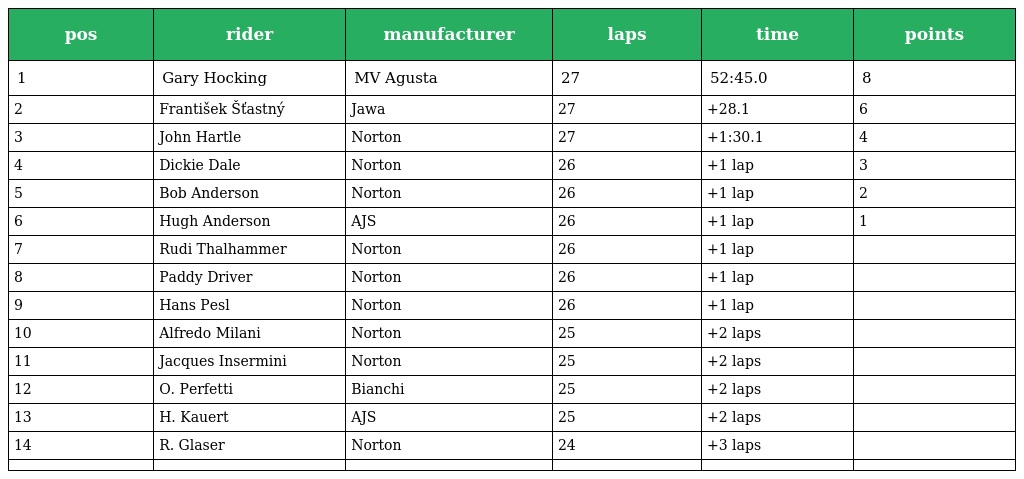
| pos | rider | manufacturer | laps | time | points |
 | --- | --- | --- | --- | --- | --- |
 | 1 | Gary Hocking | MV Agusta | 27 | 52:45.0 | 8 |
 | 2 | František Šťastný | Jawa | 27 | +28.1 | 6 |
 | 3 | John Hartle | Norton | 27 | +1:30.1 | 4 |
 | 4 | Dickie Dale | Norton | 26 | +1 lap | 3 |
 | 5 | Bob Anderson | Norton | 26 | +1 lap | 2 |
 | 6 | Hugh Anderson | AJS | 26 | +1 lap | 1 |
 | 7 | Rudi Thalhammer | Norton | 26 | +1 lap |  |
 | 8 | Paddy Driver | Norton | 26 | +1 lap |  |
 | 9 | Hans Pesl | Norton | 26 | +1 lap |  |
 | 10 | Alfredo Milani | Norton | 25 | +2 laps |  |
 | 11 | Jacques Insermini | Norton | 25 | +2 laps |  |
 | 12 | O. Perfetti | Bianchi | 25 | +2 laps |  |
 | 13 | H. Kauert | AJS | 25 | +2 laps |  |
 | 14 | R. Glaser | Norton | 24 | +3 laps |  |
 |  |  |  |  |  |  |